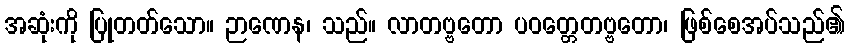
အဆုံးကို ပြုတတ်သော။ ဉာဏေန၊ သည်။ လာတဗ္ဗတော ပဝတ္တေတဗ္ဗတော၊ ဖြစ်စေအပ်သည်၏